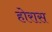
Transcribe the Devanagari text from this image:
होरास